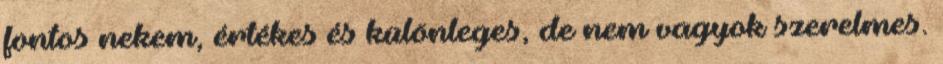
fontos nekem, értékes és különleges, de nem vagyok szerelmes.